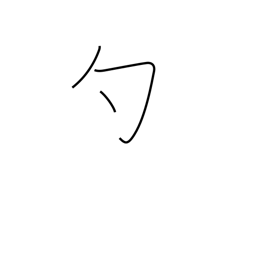
Meaning: dip